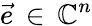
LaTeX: \vec{e}\, \in\, \mathbb{C}^{n}